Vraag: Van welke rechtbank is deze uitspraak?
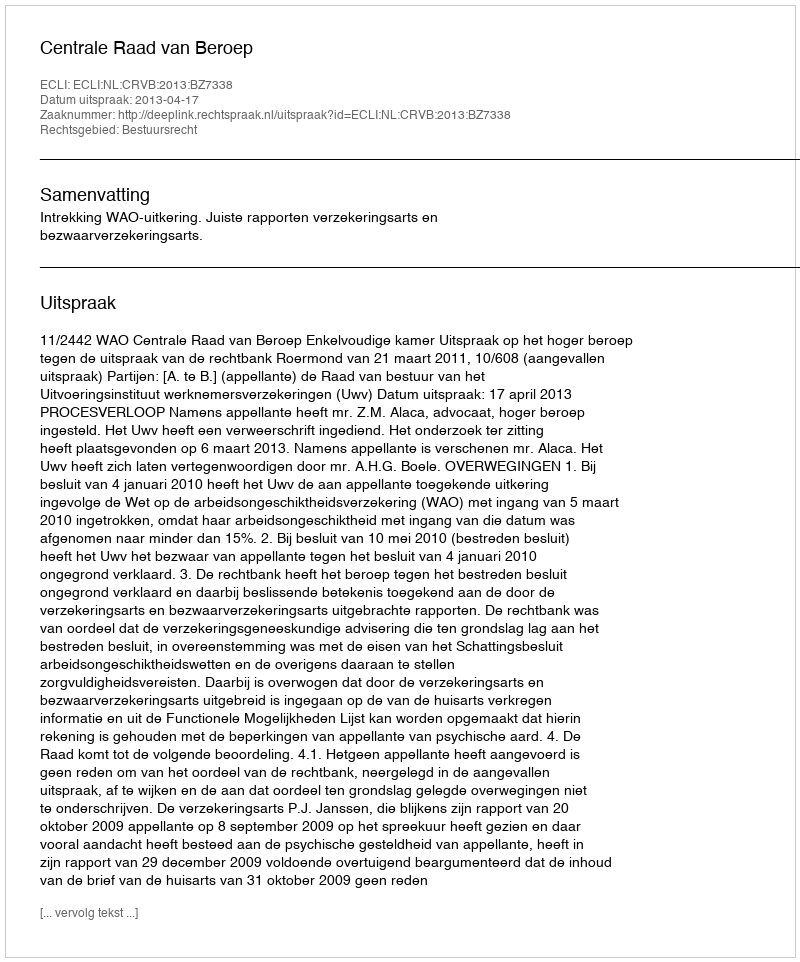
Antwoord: Centrale Raad van Beroep